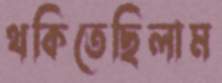
থকিতেছিলাম